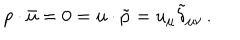
p \cdot \bar { u } = 0 = u \cdot \tilde { p } = u _ { \mu } \tilde { \delta } _ { \mu \nu } \, .